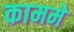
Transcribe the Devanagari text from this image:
काममे